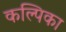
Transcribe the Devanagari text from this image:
कल्पिका